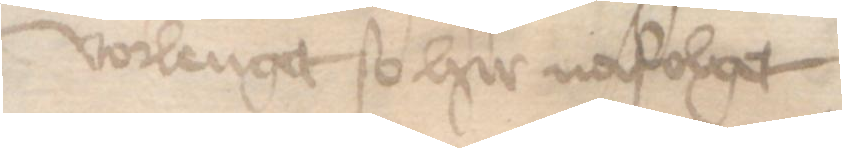
vorlenget so hir nafolget